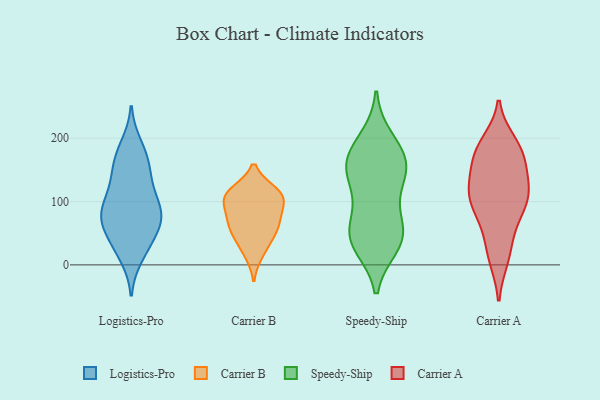
{"axis": {"x": "Active Users", "y": "Value"}, "legend": ["Carrier A", "Carrier B", "Logistics-Pro", "Speedy-Ship"], "data": [{"x": "", "y": 126, "type": "Logistics-Pro"}, {"x": "", "y": 76, "type": "Logistics-Pro"}, {"x": "", "y": 41, "type": "Logistics-Pro"}, {"x": "", "y": 162, "type": "Logistics-Pro"}, {"x": "", "y": 73, "type": "Logistics-Pro"}, {"x": "", "y": 88, "type": "Logistics-Pro"}, {"x": "", "y": 41, "type": "Logistics-Pro"}, {"x": "", "y": 150, "type": "Logistics-Pro"}, {"x": "", "y": 22, "type": "Logistics-Pro"}, {"x": "", "y": 152, "type": "Logistics-Pro"}, {"x": "", "y": 118, "type": "Logistics-Pro"}, {"x": "", "y": 13, "type": "Logistics-Pro"}, {"x": "", "y": 73, "type": "Logistics-Pro"}, {"x": "", "y": 86, "type": "Logistics-Pro"}, {"x": "", "y": 100, "type": "Logistics-Pro"}, {"x": "", "y": 189, "type": "Logistics-Pro"}, {"x": "", "y": 58, "type": "Logistics-Pro"}, {"x": "", "y": 80, "type": "Logistics-Pro"}, {"x": "", "y": 180, "type": "Logistics-Pro"}, {"x": "", "y": 100, "type": "Carrier B"}, {"x": "", "y": 115, "type": "Carrier B"}, {"x": "", "y": 67, "type": "Carrier B"}, {"x": "", "y": 80, "type": "Carrier B"}, {"x": "", "y": 108, "type": "Carrier B"}, {"x": "", "y": 18, "type": "Carrier B"}, {"x": "", "y": 106, "type": "Carrier B"}, {"x": "", "y": 63, "type": "Carrier B"}, {"x": "", "y": 55, "type": "Carrier B"}, {"x": "", "y": 38, "type": "Carrier B"}, {"x": "", "y": 115, "type": "Carrier B"}, {"x": "", "y": 31, "type": "Speedy-Ship"}, {"x": "", "y": 48, "type": "Speedy-Ship"}, {"x": "", "y": 155, "type": "Speedy-Ship"}, {"x": "", "y": 37, "type": "Speedy-Ship"}, {"x": "", "y": 151, "type": "Speedy-Ship"}, {"x": "", "y": 198, "type": "Speedy-Ship"}, {"x": "", "y": 181, "type": "Speedy-Ship"}, {"x": "", "y": 165, "type": "Speedy-Ship"}, {"x": "", "y": 73, "type": "Speedy-Ship"}, {"x": "", "y": 112, "type": "Speedy-Ship"}, {"x": "", "y": 43, "type": "Speedy-Ship"}, {"x": "", "y": 133, "type": "Speedy-Ship"}, {"x": "", "y": 161, "type": "Speedy-Ship"}, {"x": "", "y": 49, "type": "Speedy-Ship"}, {"x": "", "y": 10, "type": "Carrier A"}, {"x": "", "y": 164, "type": "Carrier A"}, {"x": "", "y": 83, "type": "Carrier A"}, {"x": "", "y": 193, "type": "Carrier A"}, {"x": "", "y": 114, "type": "Carrier A"}, {"x": "", "y": 11, "type": "Carrier A"}, {"x": "", "y": 120, "type": "Carrier A"}, {"x": "", "y": 182, "type": "Carrier A"}, {"x": "", "y": 128, "type": "Carrier A"}, {"x": "", "y": 158, "type": "Carrier A"}, {"x": "", "y": 186, "type": "Carrier A"}, {"x": "", "y": 185, "type": "Carrier A"}, {"x": "", "y": 101, "type": "Carrier A"}, {"x": "", "y": 90, "type": "Carrier A"}, {"x": "", "y": 92, "type": "Carrier A"}, {"x": "", "y": 123, "type": "Carrier A"}, {"x": "", "y": 57, "type": "Carrier A"}, {"x": "", "y": 163, "type": "Carrier A"}, {"x": "", "y": 35, "type": "Carrier A"}, {"x": "", "y": 114, "type": "Carrier A"}]}